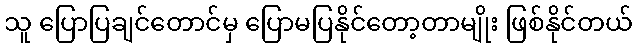
သူ ပြောပြချင်တောင်မှ ပြောမပြနိုင်တော့တာမျိုး ဖြစ်နိုင်တယ်